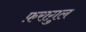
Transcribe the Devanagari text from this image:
फ़रागु़ल